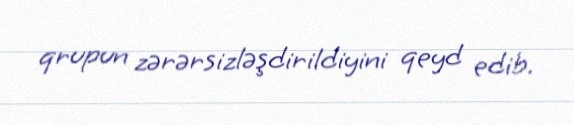
qrupun zərərsizləşdirildiyini qeyd edib.